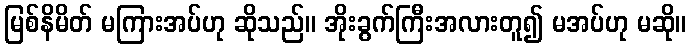
မြစ်နိမိတ် မကြားအပ်ဟု ဆိုသည်။ အိုးခွက်ကြီးအလားတူ၍ မအပ်ဟု မဆို။